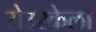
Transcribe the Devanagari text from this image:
रोउरकेला